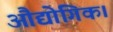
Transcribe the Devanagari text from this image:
औद्योगिक।